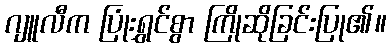
ဂျူလီက ပြုံးရွှင်စွာ ကြိုဆိုခြင်းပြု၏။